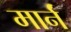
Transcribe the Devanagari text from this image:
मार्नं